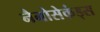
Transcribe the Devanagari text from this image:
नैनोसेकंड्स